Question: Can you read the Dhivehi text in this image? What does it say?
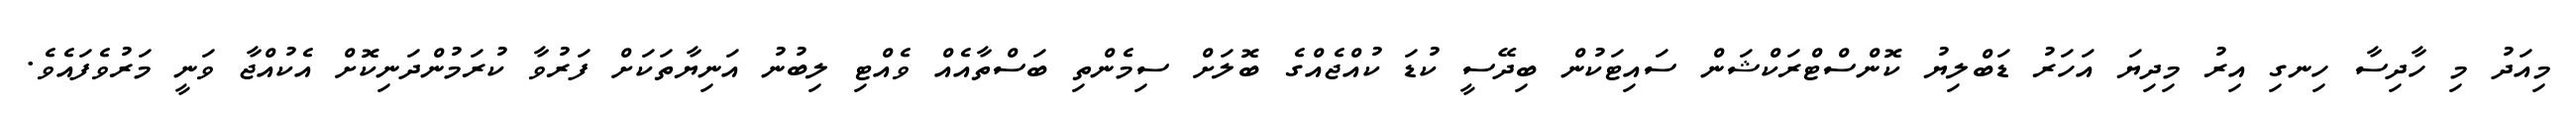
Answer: މިއަދު މި ހާދިސާ ހިނގި އިރު މިދިޔަ އަހަރު ޑަބްލިޔު ކޮންސްޓްރަކްޝަން ސައިޓަކުން ބިދޭސީ ކުޑަ ކުއްޖެއްގެ ބޮލަށް ސިމެންތި ބަސްތާއެއް ވެއްޓި ލިބުނު އަނިޔާތަކަށް ފަރުވާ ކުރަމުންދަނިކޮށް އެކުއްޖާ ވަނީ މަރުވެފައެވެ.